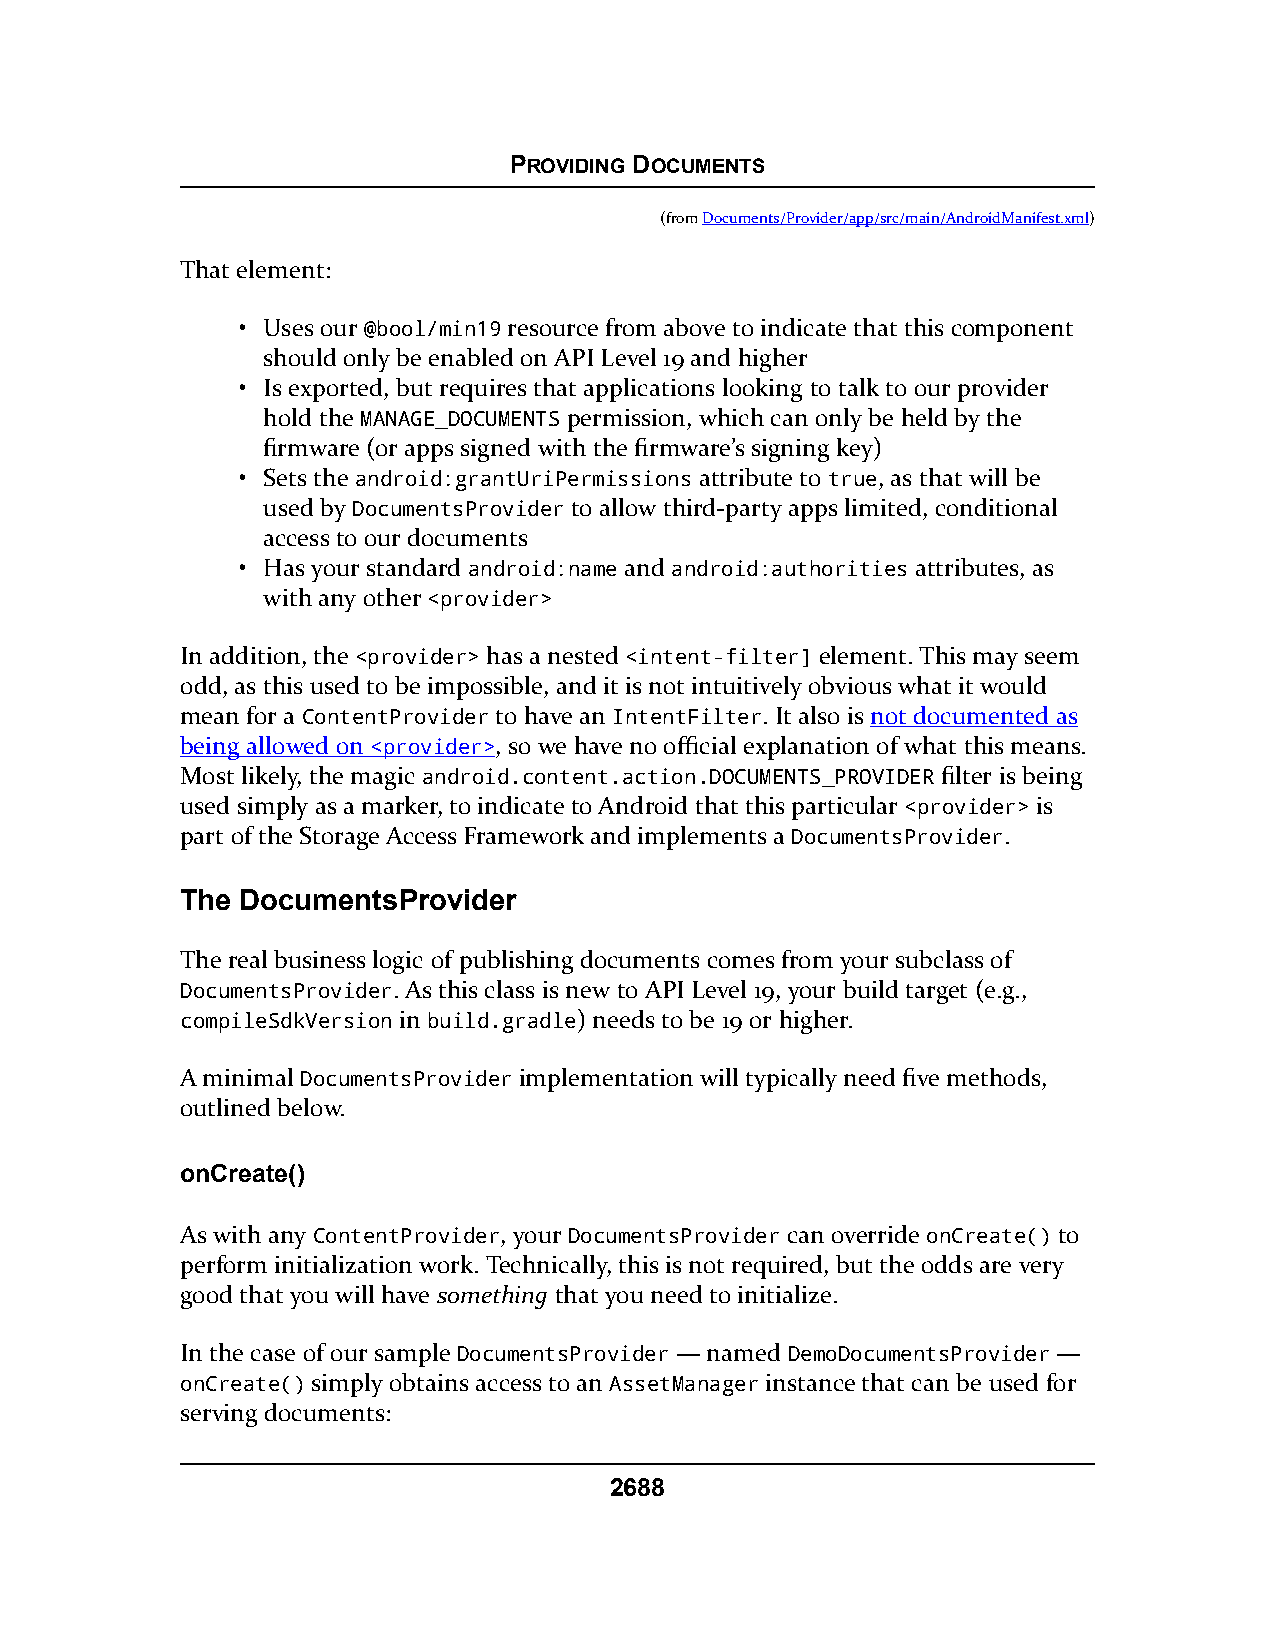
PROVIDING DOCUMENTS
 (fromDocuments/Provider/app/src/main/AndroidManifest.xml)
 That element:
 • Uses our @bool/min19 resource from above to indicate that this component
 should only be enabled on API Level 19 and higher
 • Is exported, but requires that applications looking to talk to our provider
 hold the MANAGE_DOCUMENTS permission, which can only be held by the
 firmware (or apps signed with the firmware’s signing key)
 • Sets the android:grantUriPermissions attribute to true, as that will be
 used by DocumentsProvider to allow third-party apps limited, conditional
 access to our documents
 • Has your standard android:name and android:authorities attributes, as
 with any other <provider>
 In addition, the <provider> has a nested <intent-filter] element. This may seem
 odd, as this used to be impossible, and it is not intuitively obvious what it would
 mean for a ContentProvider to have an IntentFilter. It also is not documented as
 being allowed on <provider>, so we have no official explanation of what this means.
 Most likely, the magic android.content.action.DOCUMENTS_PROVIDER filter is being
 used simply as a marker, to indicate to Android that this particular <provider> is
 part of the Storage Access Framework and implements a DocumentsProvider.
 The DocumentsProvider
 The real business logic of publishing documents comes from your subclass of
 DocumentsProvider. As this class is new to API Level 19, your build target (e.g.,
 compileSdkVersion in build.gradle) needs to be 19 or higher.
 A minimal DocumentsProvider implementation will typically need five methods,
 outlined below.
 onCreate()
 As with any ContentProvider, your DocumentsProvider can override onCreate() to
 perform initialization work. Technically, this is not required, but the odds are very
 good that you will have something that you need to initialize.
 In the case of our sample DocumentsProvider — named DemoDocumentsProvider —
 onCreate() simply obtains access to an AssetManager instance that can be used for
 serving documents:
 2688